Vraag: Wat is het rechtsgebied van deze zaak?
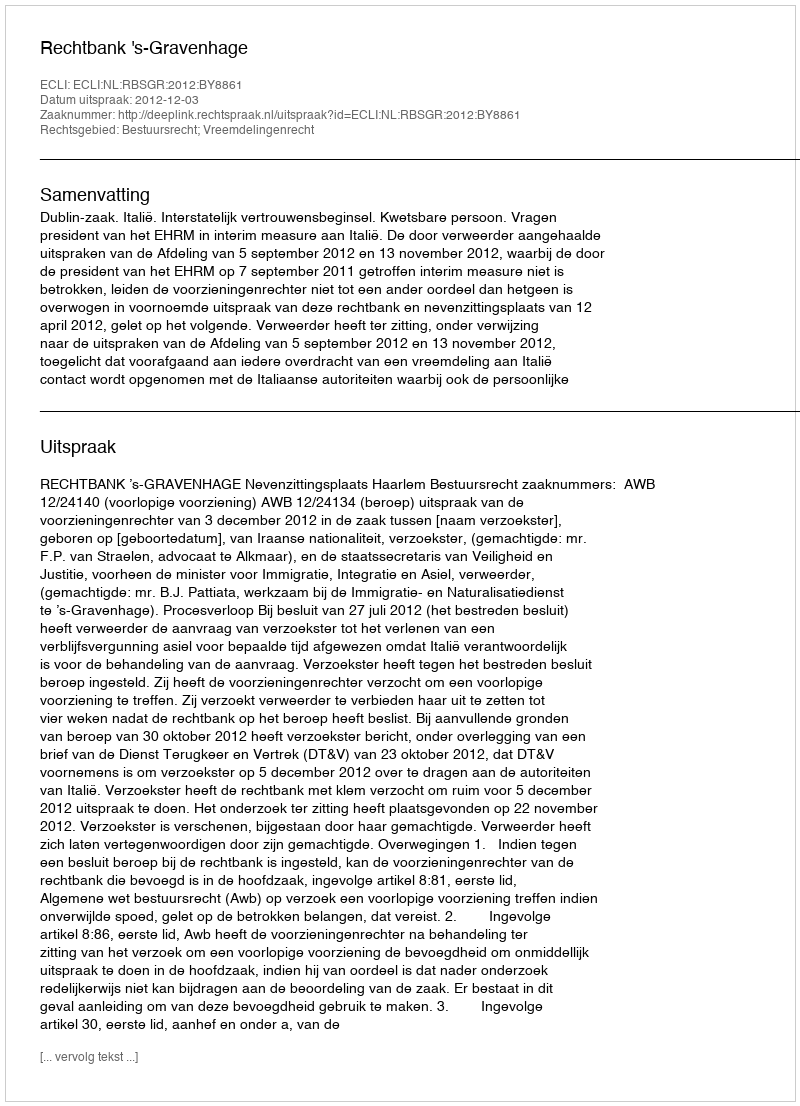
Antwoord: Bestuursrecht; Vreemdelingenrecht